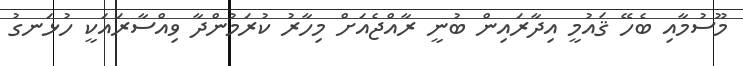
މޫސުމާއި ބެހޭ ޤައުމީ އިދާރައިން ބުނީ ރާއްޖެއަށް މިހާރު ކުރަމުންދާ ވިއްސާރައަކީ ހުޅަނގު